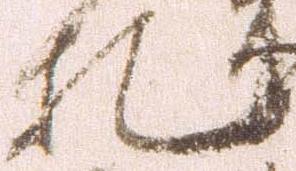
札